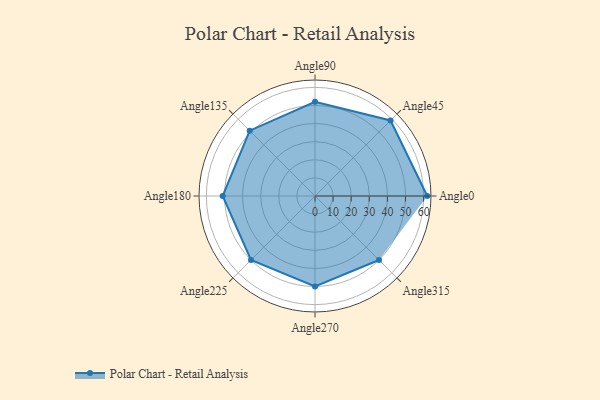
{"axis": {"x": "Angle", "y": "Radius"}, "legend": [""], "data": [{"x": "Angle0", "y": 62.0, "type": ""}, {"x": "Angle45", "y": 59.0, "type": ""}, {"x": "Angle90", "y": 52.0, "type": ""}, {"x": "Angle135", "y": 51.0, "type": ""}, {"x": "Angle180", "y": 51.0, "type": ""}, {"x": "Angle225", "y": 50, "type": ""}, {"x": "Angle270", "y": 50, "type": ""}, {"x": "Angle315", "y": 50, "type": ""}]}